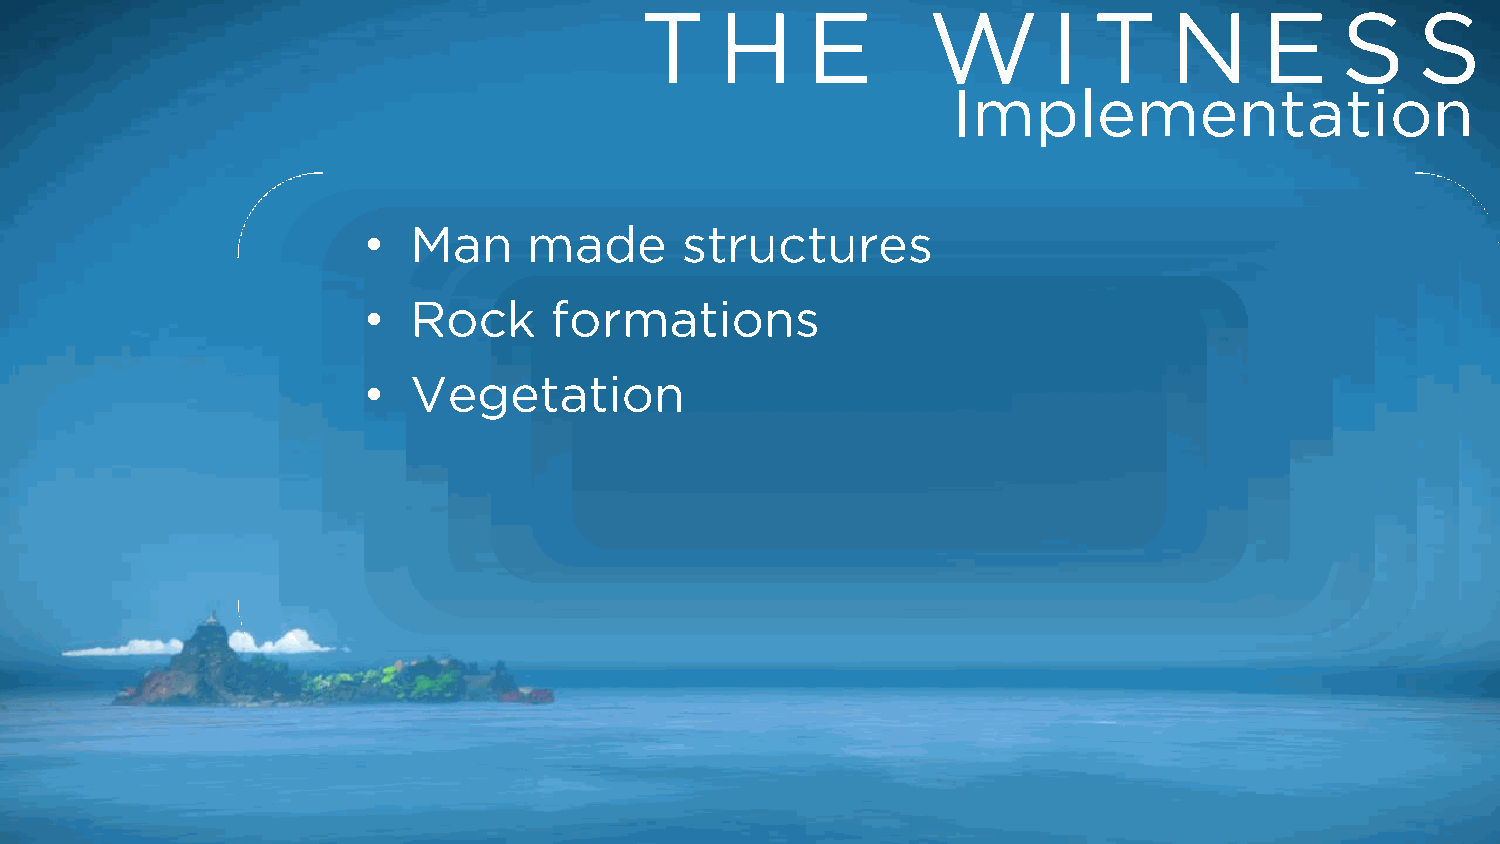
T     H    E       W        I T    N      E    S    S
 Implementation
 •  Man     made      structures
 •  Rock     formations
 •  Vegetation